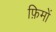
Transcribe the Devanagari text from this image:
फ़िमों